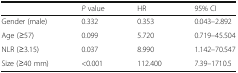
<table><thead><tr><td></td><td><b><i>P</i> value</b></td><td><b>HR</b></td><td><b>95% CI</b></td></tr></thead><tbody><tr><td>Gender (male)</td><td>0.332</td><td>0.353</td><td>0.043–2.892</td></tr><tr><td>Age (≥57)</td><td>0.099</td><td>5.720</td><td>0.719–45.504</td></tr><tr><td>NLR (≥3.15)</td><td>0.037</td><td>8.990</td><td>1.142–70.547</td></tr><tr><td>Size (≥40 mm)</td><td>&lt;0.001</td><td>112.400</td><td>7.39–1710.5</td></tr></tbody></table>